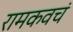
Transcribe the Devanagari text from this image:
रामकवचं